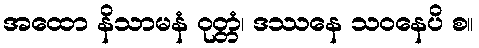
အထော နိသာမနံ ဝုတ္တံ၊ ဒဿနေ သဝနေပိ စ။